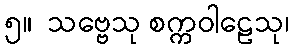
၅။  သဗ္ဗေသု စက္ကဝါဠေသု၊